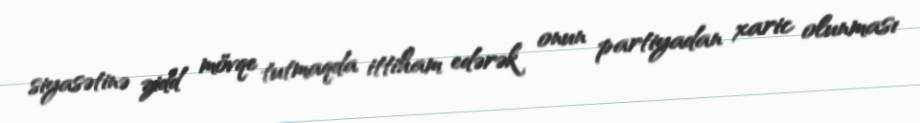
siyasətinə zidd mövqe tutmaqda ittiham edərək onun partiyadan xaric olunması